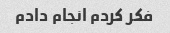
فکر کردم انجام دادم